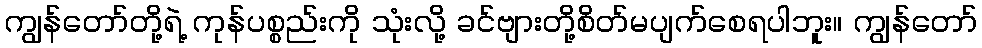
ကျွန်တော်တို့ရဲ့ ကုန်ပစ္စည်းကို သုံးလို့ ခင်ဗျားတို့စိတ်မပျက်စေရပါဘူး။ ကျွန်တော်